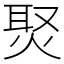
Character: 㷅